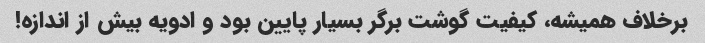
برخلاف همیشه، کیفیت گوشت برگر بسیار پایین بود و ادویه بیش از اندازه!